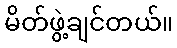
မိတ်ဖွဲ့ချင်တယ်။